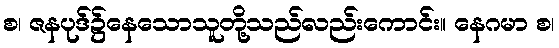
စ၊ ဇနပုဒ်၌နေသောသူတို့သည်လည်းကောင်း။ နေဂမာ စ၊